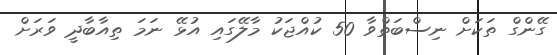
ގޭންގް ތަކަށް ނިސްބަތްވާ 50 ކުއްޖަކު މާލޭގައި އުޅޭ ނަމަ ތިއާބާދީ ވަރަށް